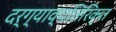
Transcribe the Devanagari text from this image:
दर्ग्याव्यतिरिक्त